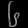
Digit: ၆